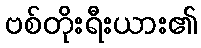
ဗစ်တိုးရီးယား၏